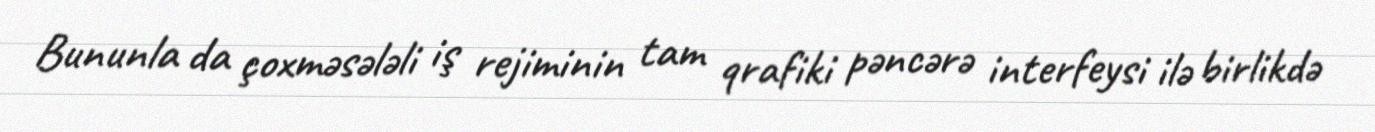
Bununla da çoxməsələli iş rejiminin tam qrafiki pəncərə interfeysi ilə birlikdə